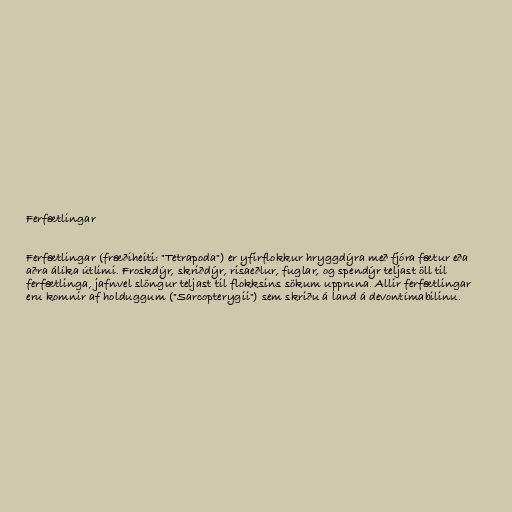
Ferfætlingar

Ferfætlingar (fræðiheiti: "Tetrapoda") er yfirflokkur hryggdýra með fjóra fætur eða
aðra álíka útlimi. Froskdýr, skriðdýr, risaeðlur, fuglar, og spendýr teljast öll til
ferfætlinga, jafnvel slöngur teljast til flokksins sökum uppruna. Allir ferfætlingar
eru komnir af holduggum ("Sarcopterygii") sem skriðu á land á devontímabilinu.